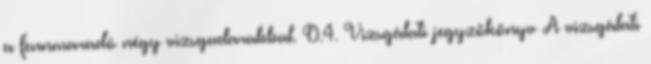
a fennmaradó négy vizsgadarabbal. D.4. Vizsgálati jegyzõkönyv A vizsgálati